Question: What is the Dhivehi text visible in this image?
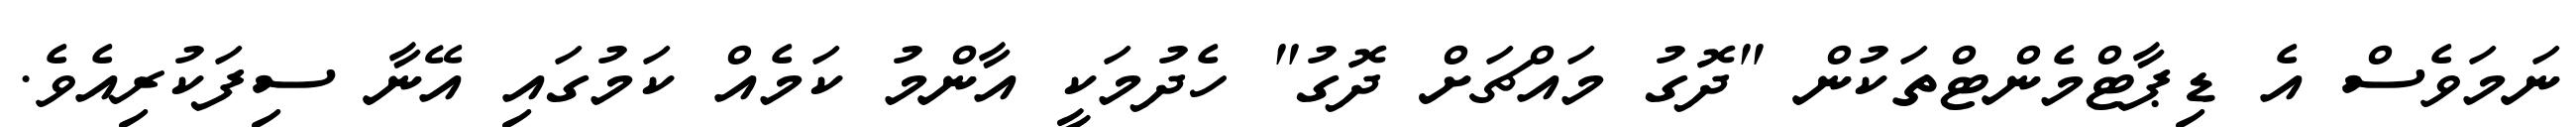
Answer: ނަމަވެސް އެ ޑިޕާޓްމެންޓްތަކުން "ދޮގު މައްޗަށް ދޮގު" ހެދުމަކީ އާންމު ކަމެއް ކަމުގައި އޭނާ ސިފަކުރިއެވެ.